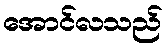
အောင်လသည်